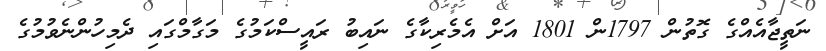
ނަތީޖާއެއްގެ ގޮތުން 1797ން 1801 އަށް އެމެރިކާގެ ނައިބު ރައީސްކަމުގެ މަގާމްގައި ދެމިހުންނެވުމުގެ